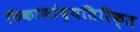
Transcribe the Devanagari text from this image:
ठिकाणांव्यतिरिक्त